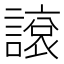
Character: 䜇